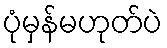
ပုံမှန်မဟုတ်ပဲ